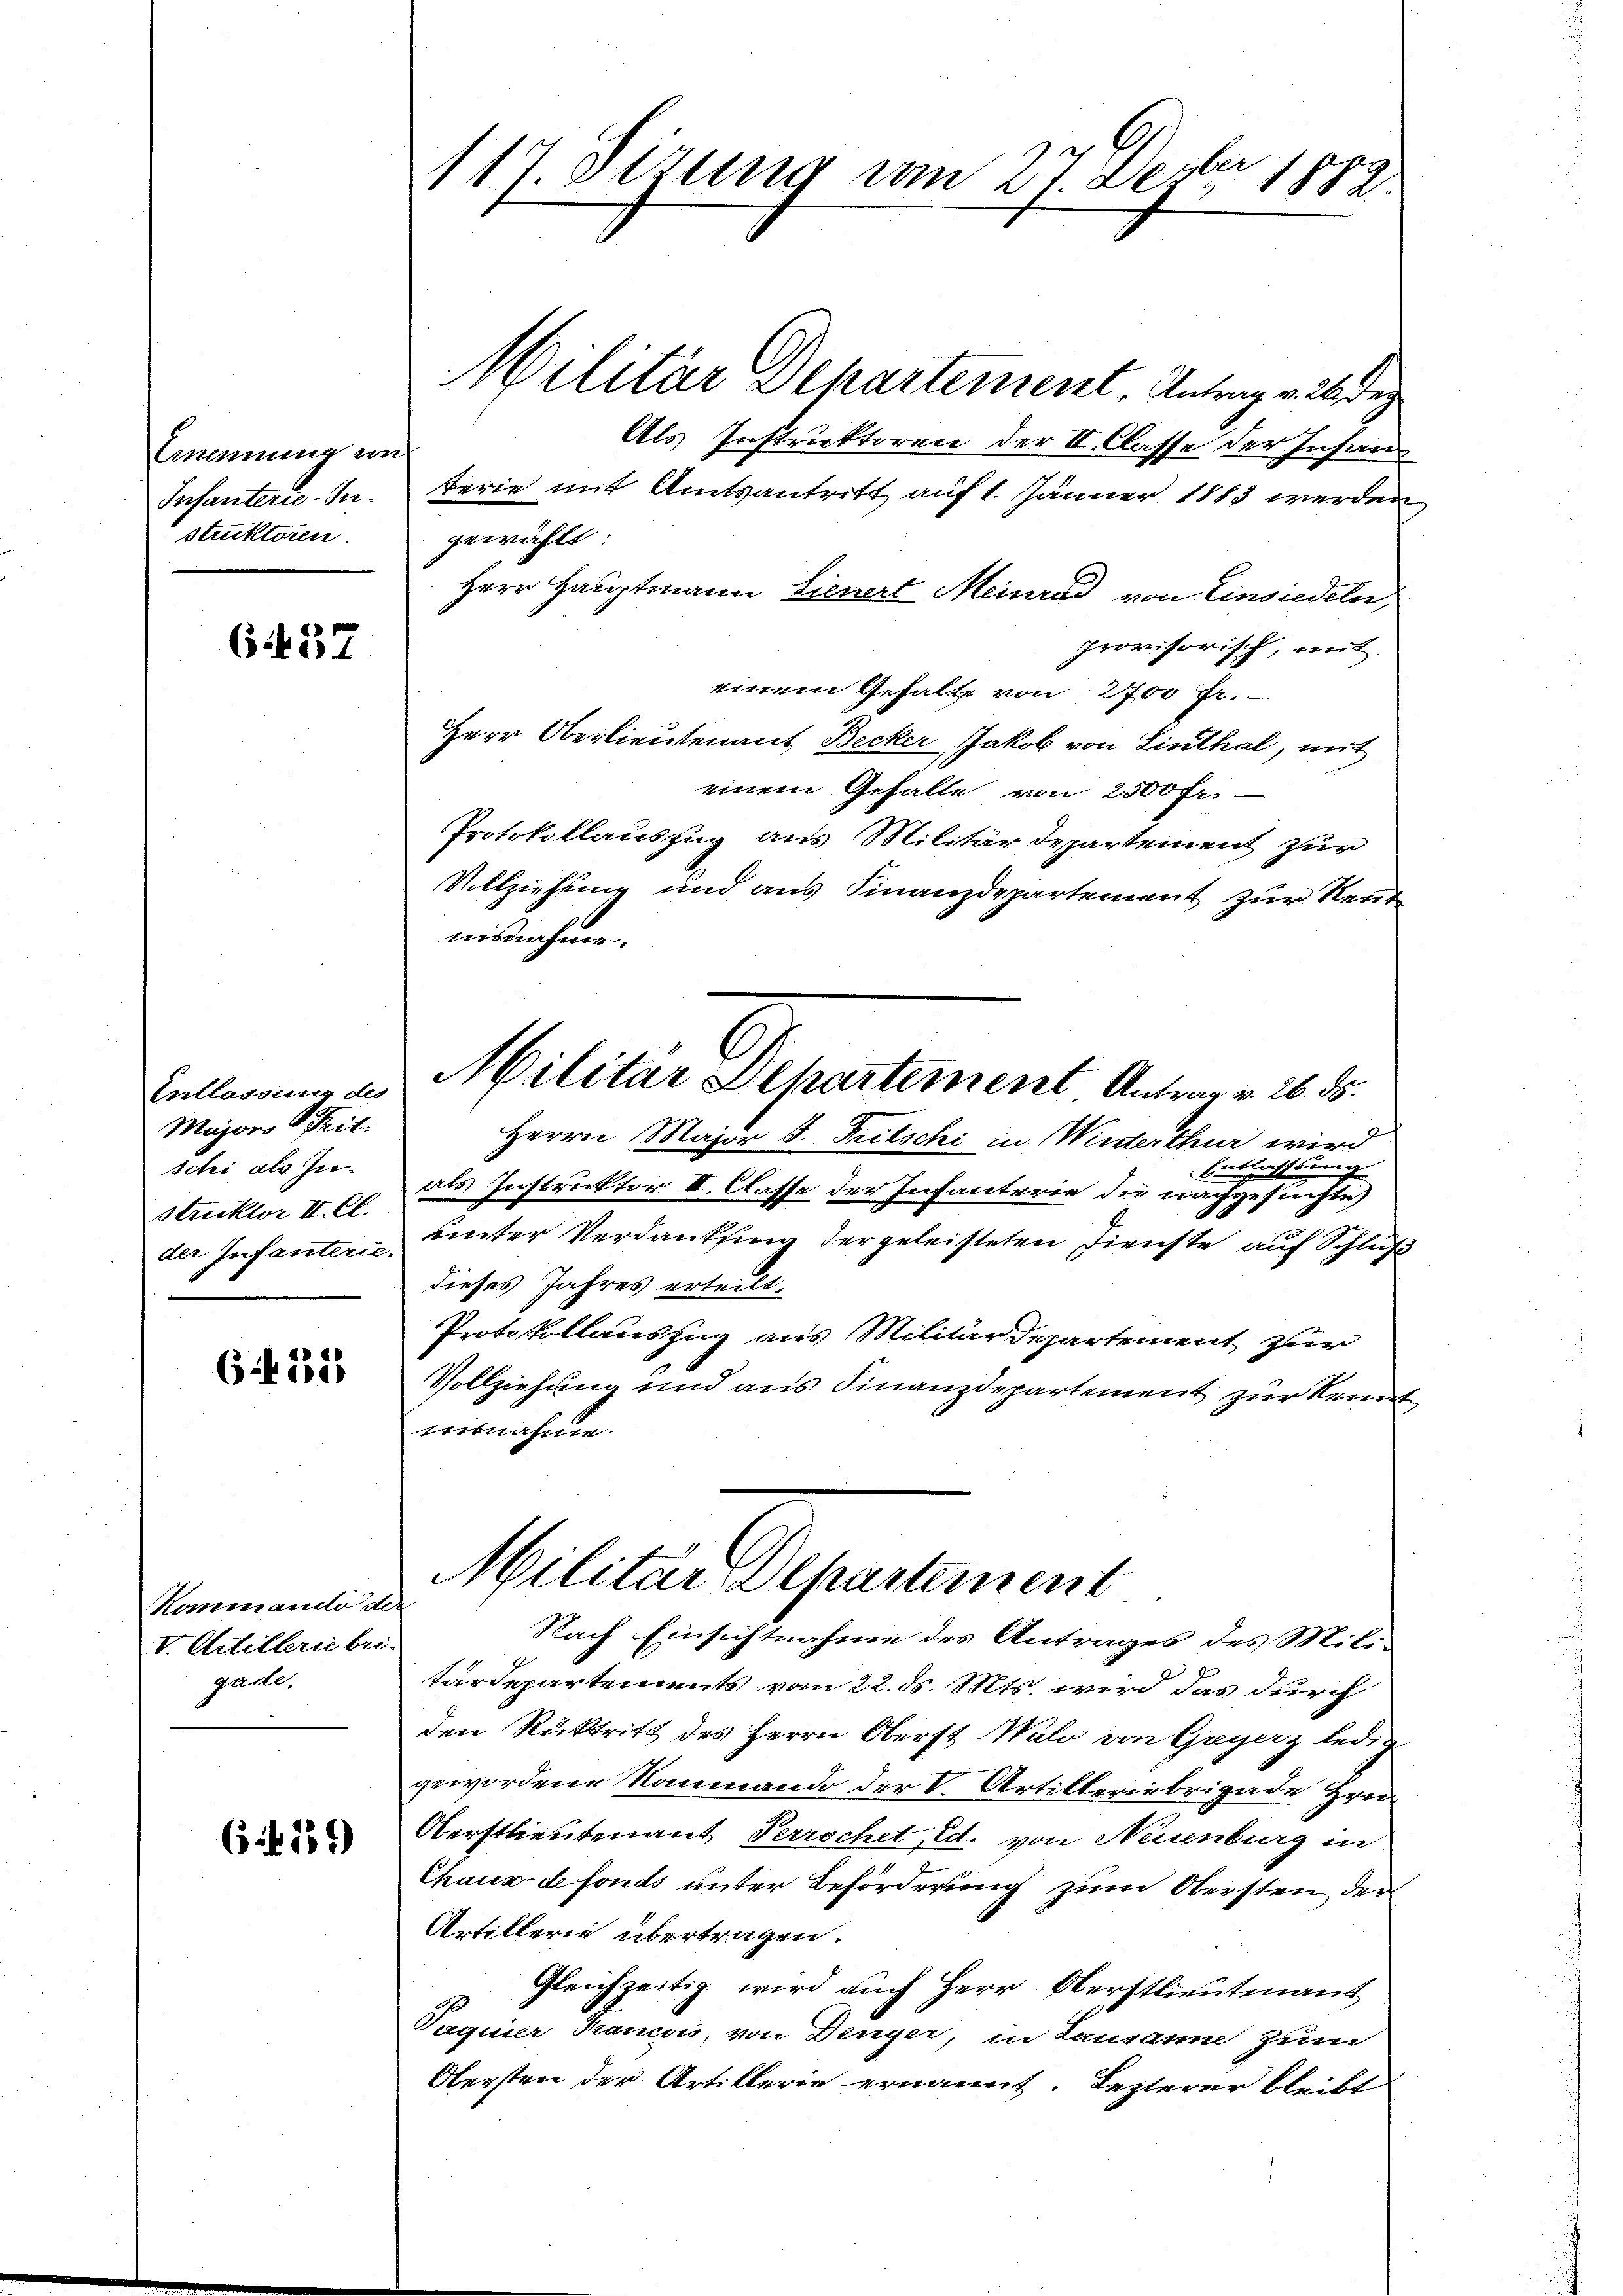
Ernennung von
Infanterie-In
Stucktoren.

6437

Estlassung des
Majors Prit.
schi als In-
Struktor II. Ct.
der Infanterie.

6 rt. 1823

Kommando der
V. Artillerie bei-
g. acte,

65. 339)

o
117. Atzung vom 27. Dez. 1882.

Militär Schartement, Antrag v. 26 des
Als Instruktoren der II. Classe der Insin
terie mit Amtsantritt auf 1. Jänner 1883 werden
gewählt:
Herr Hauptmann Lienert Meinrad von Einsiedeln,
provisorisch, mit
einem Gehalte von 2700 Fr.
Herr Oberlieutenant Becker Jakob von Linthal, mit
einem Gefalle von 2500 fr.
Protokollauszug aus Militärdepartement zur
Vollziehung und aus Finanzdepartement zur Reutmusnahme.
Herrn Major F. Fritschi in Winterthur wird
Hertlichsburg
als Instruktor I. Classe der Infanterie die nachgesuchte,
unter Verdankung der geleisteten Dienste auf Schluß
dieses Jahres erteilt.
Protokollauszug aus Militärdepartement zur
Vollziehung und aus Finanzdepartement zur kein
wisnahme.
Militar Departement
Nach Einsichtnahme des Antrages des Mili-
tardepartements vom 22. ds. Mts. wird das durch
den Rücktritt des Herrn Oberst Wald von Geyerz ledig
gewordene Nanmando der V. Artilleriebrigade Hrn
Verstlieutenant Perrschet, Ed. von Neuenburg in
Chaus de fonds unter Beförderung zum Obersten der
Artillerie übertragen.
Gleichzeitig wird auch Herr Oberstlieutenant
Paginer Kanon, von Dinger, in Lausann zum
Obersten der Artillerie ernannt. Lezterer bleibt

Militar Schartement Antrag v. 26. ds.